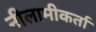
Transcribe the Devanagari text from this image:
नीलामीकर्ता